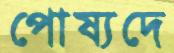
পোষ্যদে